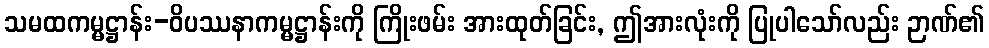
သမထကမ္မဋ္ဌာန်း-ဝိပဿနာကမ္မဋ္ဌာန်းကို ကြိုးဖမ်း အားထုတ်ခြင်း, ဤအားလုံးကို ပြုပါသော်လည်း ဉာဏ်၏